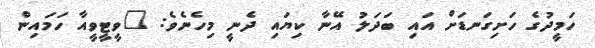
ހަމީދުގެ ހަށިގަނޑަށް އައި ބަދަލު އޭނާ ކިޔައި ދެނީ މިހެނެވެ: "ވީޓީވީއާ ހަމައިން